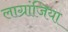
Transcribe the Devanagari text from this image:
लाग्रांजिया